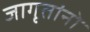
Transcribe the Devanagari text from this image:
जागृतांनो